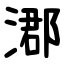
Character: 㴫